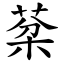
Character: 棻